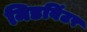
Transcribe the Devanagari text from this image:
मिडविंटर